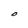
Character: O